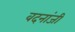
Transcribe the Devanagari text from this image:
वदनांजी